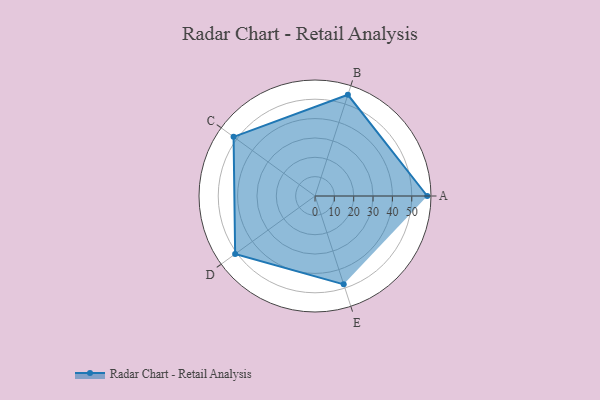
{"axis": {"x": "Skill", "y": "Score"}, "legend": ["Profile"], "data": [{"x": "A", "y": 58.0, "type": "Profile"}, {"x": "B", "y": 55.0, "type": "Profile"}, {"x": "C", "y": 52.0, "type": "Profile"}, {"x": "D", "y": 51.0, "type": "Profile"}, {"x": "E", "y": 48.0, "type": "Profile"}]}